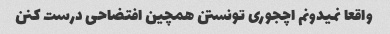
واقعا نمیدونم اچجوری تونستن همچین افتضاحی درست کنن